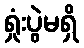
ရှုံးပွဲမရှိ